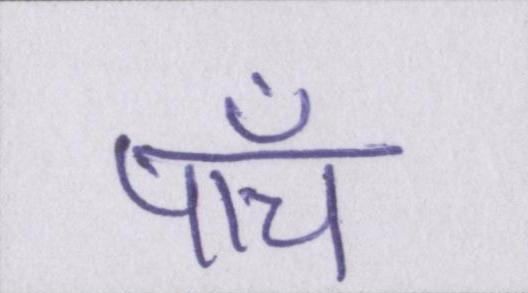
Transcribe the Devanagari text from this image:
पाँच